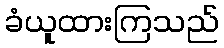
ခံယူထားကြသည်